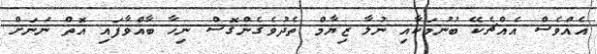
އެއްވެސް އެއްޗެކޭ ބުނުމަކާއި ނުލާ ޒިޔާމް ތެދުވެގެންގޮސް ނިހާ ބާއްވާފައި އޮތް ނަނަށް